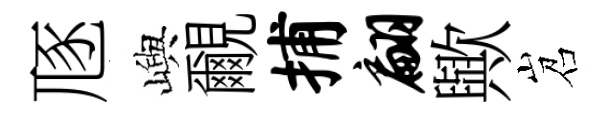
豗嶼覼捕翩歟岧